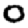
Digit: 0